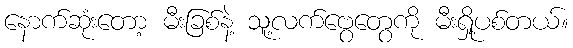
နောက်ဆုံးတော့ မီးခြစ်နဲ့ သူ့လက်ဗွေတွေကို မီးရှို့ပစ်တယ်။